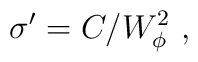
\sigma^\prime=C/W_\phi^2~,